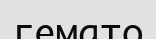
гемато